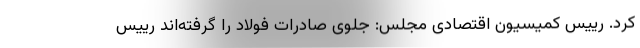
کرد. رییس کمیسیون اقتصادی مجلس: جلوی صادرات فولاد را گرفته‌اند رییس